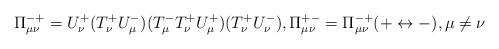
LaTeX: \begin{align*}\Pi^{-+}_{\mu\nu}=U^+_\nu (T^+_\nu U^-_\mu)(T^-_\mu T^+_\nu U^+_\mu)(T^+_\nu U^-_\nu), \Pi^{+-}_{\mu\nu}=\Pi^{-+}_{\mu\nu}(+\leftrightarrow -), \mu\neq\nu\end{align*}